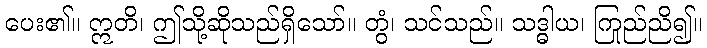
ပေး၏။ ဣတိ၊ ဤသို့ဆိုသည်ရှိသော်။ တွံ၊ သင်သည်။ သဒ္ဓါယ၊ ကြည်ညို၍။